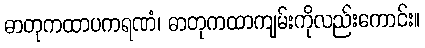
ဓာတုကထာပကရဏံ၊ ဓာတုကထာကျမ်းကိုလည်းကောင်း။